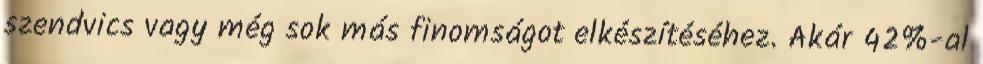
szendvics vagy még sok más finomságot elkészítéséhez. Akár 42%-al